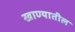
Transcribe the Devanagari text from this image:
खाण्यातील